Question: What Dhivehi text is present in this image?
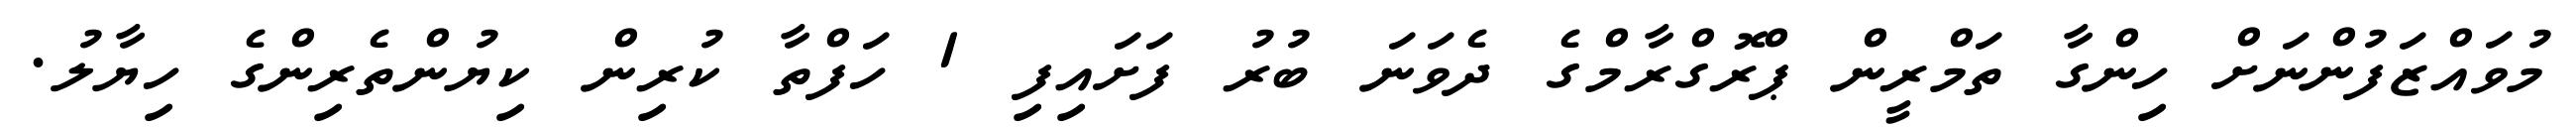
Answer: މުވައްޒަފުންނަށް ހިންގާ ތަމްރީން ޕްރޮގްރާމްގެ ދެވަނަ ބުރު ފަށައިފި 1 ހަފްތާ ކުރިން ކިޔުންތެރިންގެ ހިޔާލު.